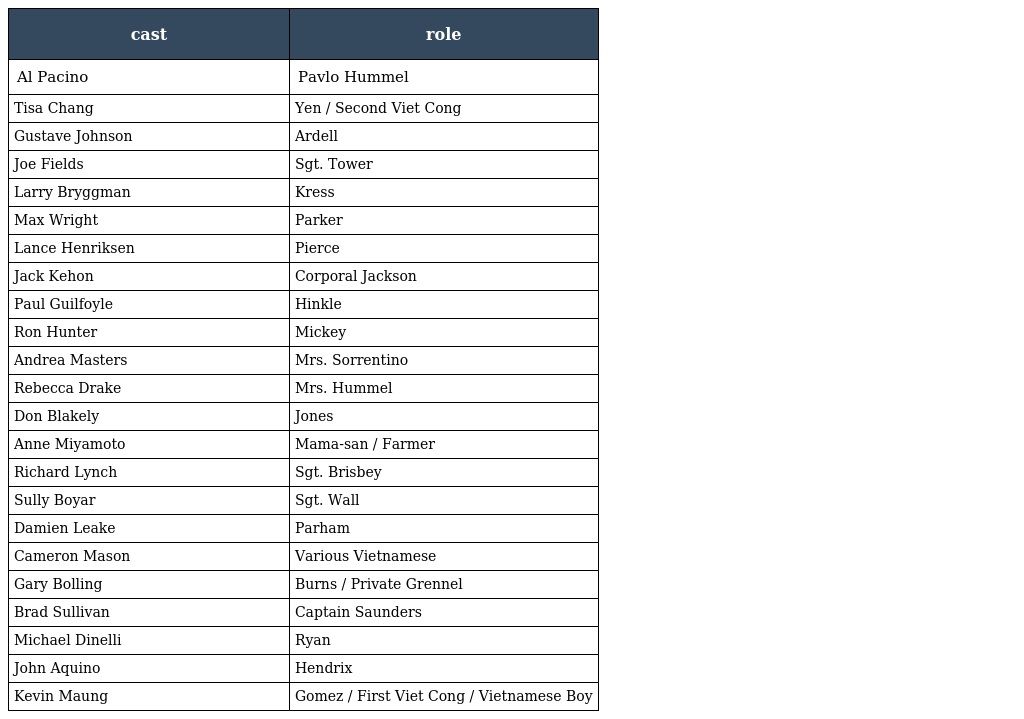
| cast | role |
 | --- | --- |
 | Al Pacino | Pavlo Hummel |
 | Tisa Chang | Yen / Second Viet Cong |
 | Gustave Johnson | Ardell |
 | Joe Fields | Sgt. Tower |
 | Larry Bryggman | Kress |
 | Max Wright | Parker |
 | Lance Henriksen | Pierce |
 | Jack Kehon | Corporal Jackson |
 | Paul Guilfoyle | Hinkle |
 | Ron Hunter | Mickey |
 | Andrea Masters | Mrs. Sorrentino |
 | Rebecca Drake | Mrs. Hummel |
 | Don Blakely | Jones |
 | Anne Miyamoto | Mama-san / Farmer |
 | Richard Lynch | Sgt. Brisbey |
 | Sully Boyar | Sgt. Wall |
 | Damien Leake | Parham |
 | Cameron Mason | Various Vietnamese |
 | Gary Bolling | Burns / Private Grennel |
 | Brad Sullivan | Captain Saunders |
 | Michael Dinelli | Ryan |
 | John Aquino | Hendrix |
 | Kevin Maung | Gomez / First Viet Cong / Vietnamese Boy |